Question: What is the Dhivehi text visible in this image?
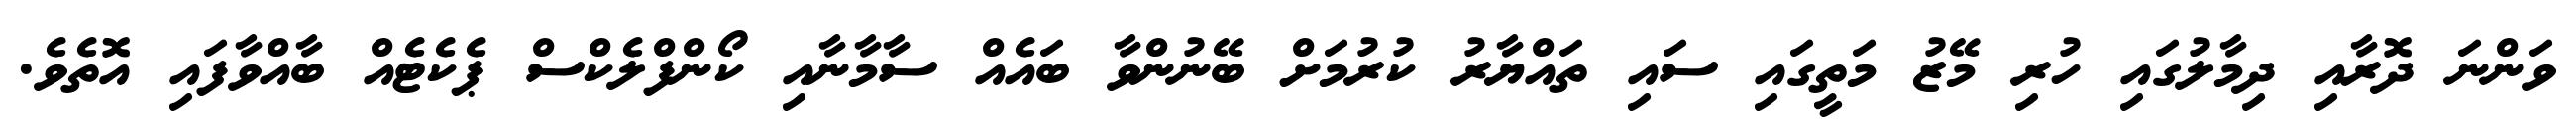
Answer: ވަންނަ ދޮރާއި ދިމާލުގައި ހުރި މޭޒު މަތީގައި ސައި ތައްޔާރު ކުރުމަށް ބޭނުންވާ ބައެއް ސާމާނާއި ކޯންފްލެކްސް ޕެކެޓެއް ބާއްވާފައި އޮތެވެ.